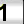
Digit: 1